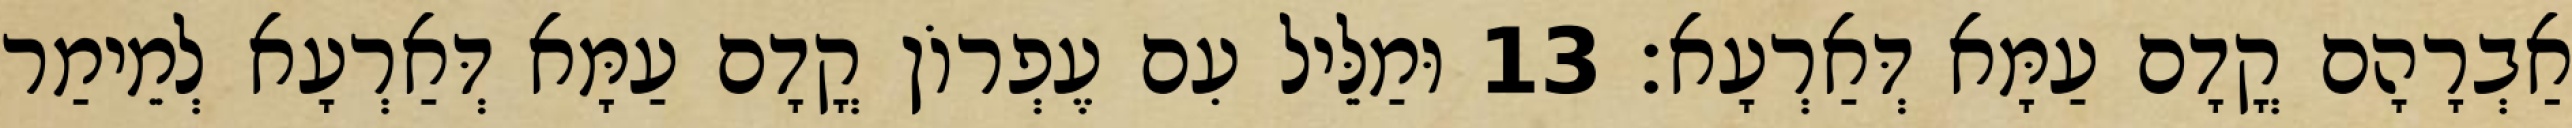
אַבְרָהָם קֳדָם עַמָּא דְּאַרְעָא׃ 13 וּמַלֵּיל עִם עֶפְרוֹן קֳדָם עַמָּא דְּאַרְעָא לְמֵימַר